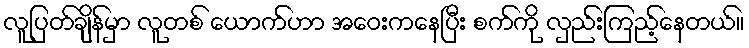
လူပြတ်ချိန်မှာ လူတစ် ယောက်ဟာ အဝေးကနေပြီး စက်ကို လှည်းကြည့်နေတယ်။